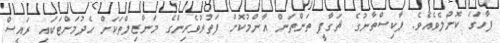
ފާހަގަ ކޮށްލެވެއެވެ. ޕާކިސްތާނުގެ ޘަގާފީ ތަންތަން އާންމުކޮށް ފަތުރުވެރިންގެ މަންޒިލްތަކަށް ހެދުމަށްޓަކައި ރައީސް